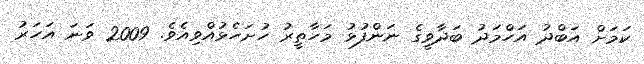
ކަމަށް އަބްދު އަހްމަދު ބަދާވީގެ ނަންފުޅު މަހާތީރު ހުށަހެޅުއްވިއެވެ. 2009 ވަނަ އަހަރު